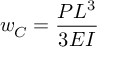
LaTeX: w _ { C } = { \frac { P L ^ { 3 } } { 3 E I } }